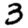
Digit: 3